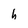
Character: h